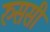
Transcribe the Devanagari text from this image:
रुससी